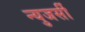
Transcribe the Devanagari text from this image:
न्युजर्सी